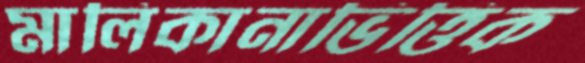
মালিকানাভিত্তিক